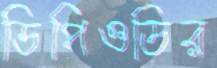
ডিপিওডির